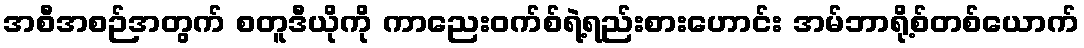
အစီအစဉ်အတွက် စတူဒီယိုကို ကာညေးဝက်စ်ရဲ့ရည်းစားဟောင်း အမ်ဘာရို့စ်တစ်ယောက်